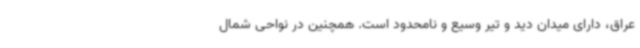
عراق، دارای میدان دید و تیر وسیع و نامحدود است. همچنین در نواحی شمال